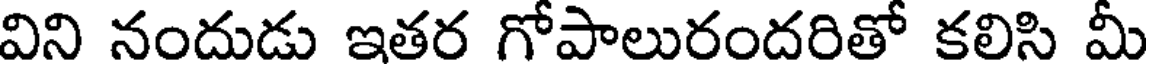
విని నందుడు ఇతర గోపాలురందరితో కలిసి మీ